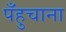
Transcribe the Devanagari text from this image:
पँहुचाना